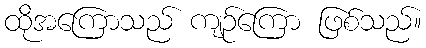
ထိုအကြောသည် ကျဉ်ကြော ဖြစ်သည်။